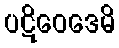
ပဋိဝေဒေမိ